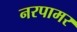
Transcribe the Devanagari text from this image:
नरपामर